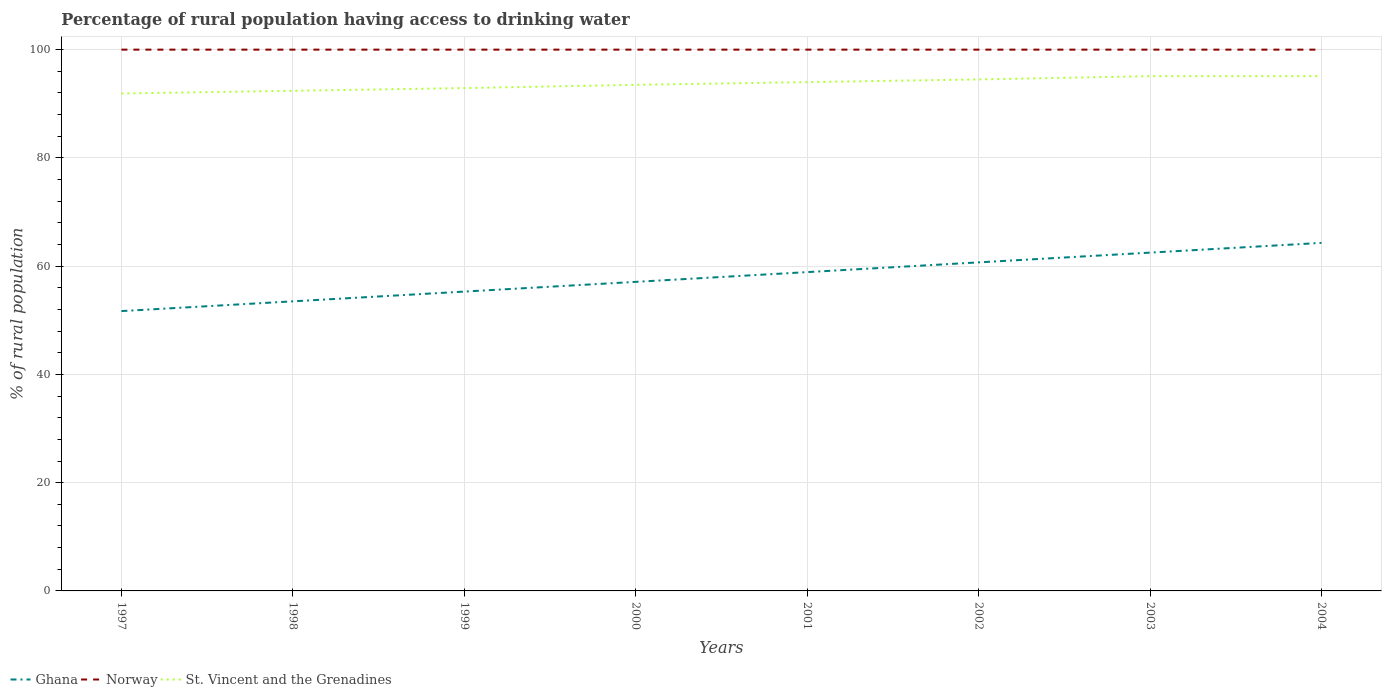
| Years | Ghana | Norway | St. Vincent and the Grenadines |
 | --- | --- | --- | --- |
 | 1997 | 51.7 | 100 | 91.9 |
 | 1998 | 53.5 | 100 | 92.4 |
 | 1999 | 55.3 | 100 | 92.9 |
 | 2000 | 57.1 | 100 | 93.5 |
 | 2001 | 58.9 | 100 | 94 |
 | 2002 | 60.7 | 100 | 94.5 |
 | 2003 | 62.5 | 100 | 95.1 |
 | 2004 | 64.3 | 100 | 95.1 |